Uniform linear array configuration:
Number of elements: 48
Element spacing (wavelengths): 0.5
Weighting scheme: kaiser
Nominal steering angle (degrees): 0
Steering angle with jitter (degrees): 1.874
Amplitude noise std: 0.05
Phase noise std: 0.05

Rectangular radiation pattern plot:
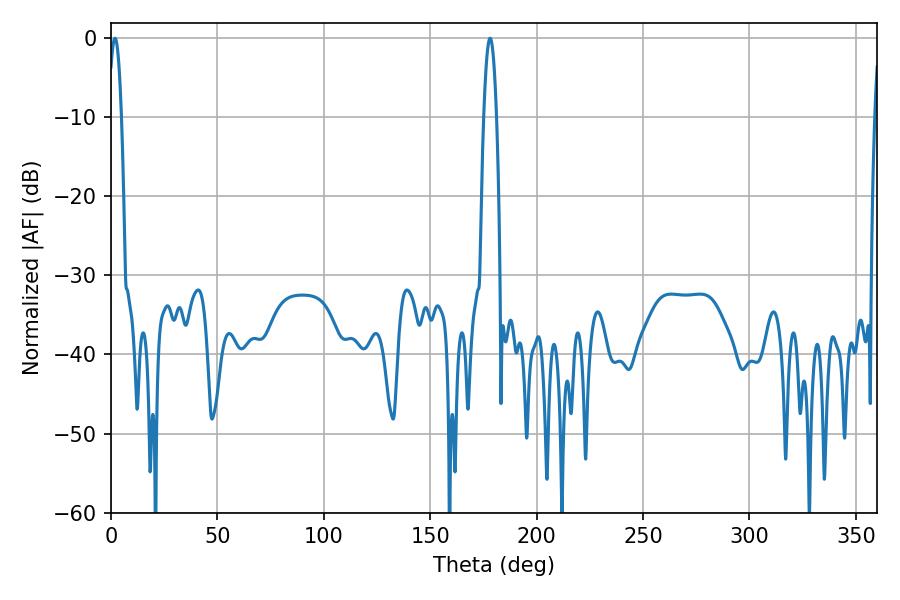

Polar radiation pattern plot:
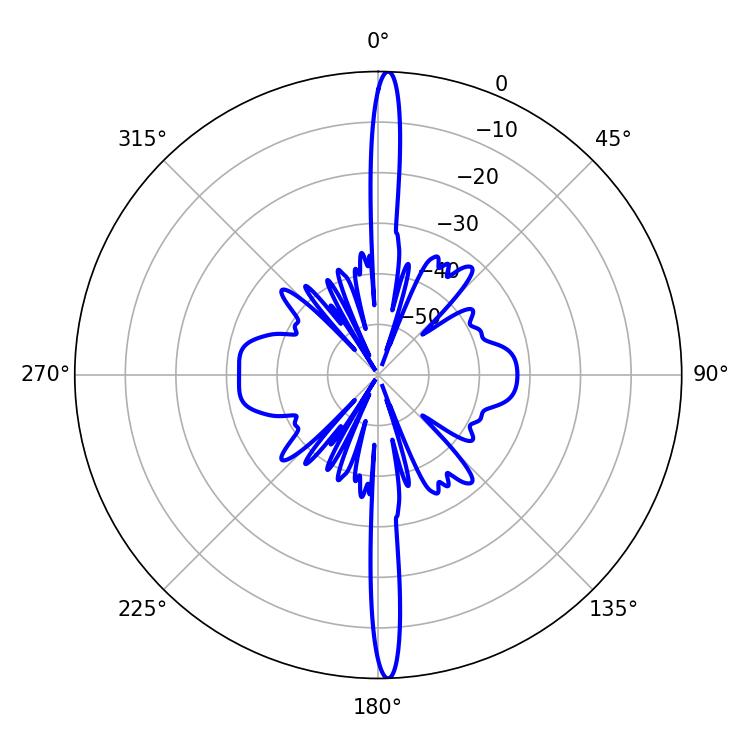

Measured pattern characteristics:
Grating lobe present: FALSE
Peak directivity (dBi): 26.792
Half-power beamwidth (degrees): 3.24
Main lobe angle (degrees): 1.8